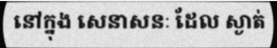
នៅក្នុង សេនាសនៈ ដែល ស្ងាត់